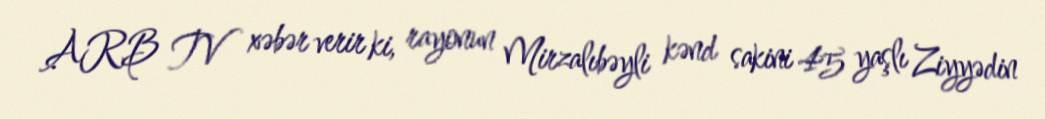
ARB TV xəbər verir ki, rayonun Mirzalıbəyli kənd sakini 45 yaşlı Ziyyədin